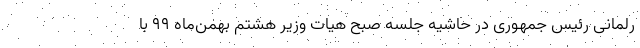
رلمانی رئیس جمهوری در حاشیه جلسه صبح هیات وزیر هشتم بهمن‌ماه ۹۹ با